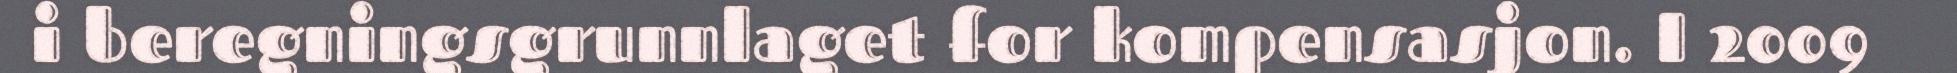
i beregningsgrunnlaget for kompensasjon. I 2009